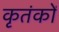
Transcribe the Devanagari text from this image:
कृतंकों